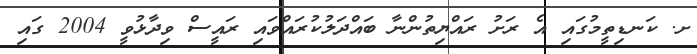
ށ. ކަނޑިތީމުގައި އެ ރަށު ރައްޔިތުންނާ ބައްދަލުކުރައްވައި ރައީސް ވިދާޅުވީ 2004 ގައި